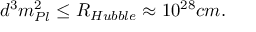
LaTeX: d ^ { 3 } m _ { P l } ^ { 2 } \leq R _ { H u b b l e } \approx 1 0 ^ { 2 8 } c m .